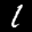
Label: 1